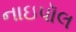
નાઇપૉલ